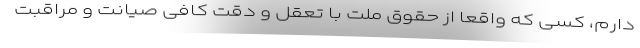
دارم، کسی که واقعاً از حقوق ملت با تعقل و دقت کافی صیانت و مراقبت